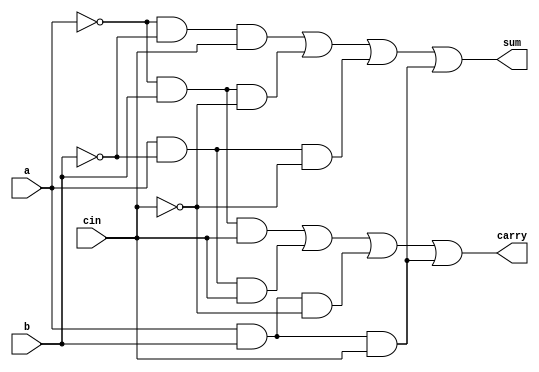
module fulladder1(a,b,cin,carry,sum);
input a,b,cin;
output sum,carry;
assign a1= ~a;
assign b1= ~b;
assign cin1= ~cin;
assign sum = a1&b1&cin | a1&b&cin1 | a&b1&cin1 | a&b&cin;
assign carry = a1&b&cin | a&b1&cin | a&b&cin1 | a&b&cin;
endmodule